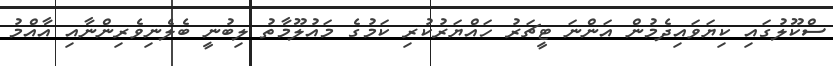
ސްކޫލުގައި ކިޔަވައިދެމުން އަންނަ ޓީޗަރު ހައްޔަރުކުރި ކަމުގެ މައުލޫމާތު ލިބުނީ ބެލެނިވެރިންނާއި އާއްމު